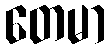
တေမာ